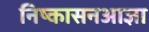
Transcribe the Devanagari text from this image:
निष्कासनआज्ञा